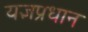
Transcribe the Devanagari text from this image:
यज्ञप्रधान